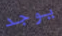
يوجد